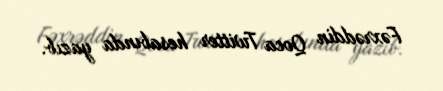
Fəxrəddin Qoca Twitter hesabında yazıb.